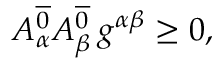
A _ { \alpha } ^ { \overline { { { 0 } } } } A _ { \beta } ^ { \overline { { { 0 } } } } \, g ^ { \alpha \beta } \ge 0 ,